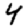
Digit: 4